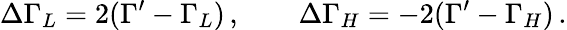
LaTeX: \Delta\Gamma_{L}=2(\Gamma^{\prime}-\Gamma_{L})\, ,\qquad\Delta\Gamma_{H}=-2(\Gamma^{\prime}-\Gamma_{H})\, .